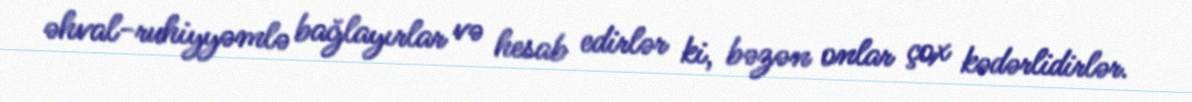
əhval-ruhiyyəmlə bağlayırlar və hesab edirlər ki, bəzən onlar çox kədərlidirlər.